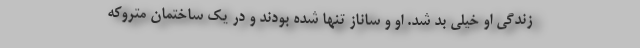
زندگی او خیلی بد شد. او و ساناز تنها شده بودند و در یک ساختمان متروکه